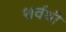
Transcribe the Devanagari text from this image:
शर्वथी